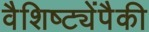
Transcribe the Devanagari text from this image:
वैशिष्ट्येंपैकी